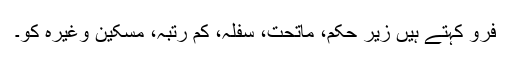
فِرو کہتے ہیں زیرِ حکم، ماتحت، سفلہ، کم رتبہ، مسکین وغیرہ کو۔